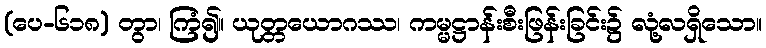
(ပေ-၆၁၈) တွာ၊ ကြံ၍။ ယုတ္တယောဂဿ၊ ကမ္မဋ္ဌာန်းစီးဖြန်းခြင်း၌ လုံ့လရှိသော။